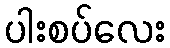
ပါးစပ်လေး